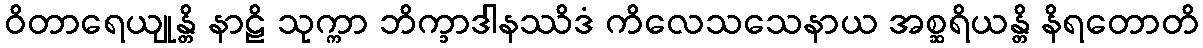
ဝိတာရေယျုန္တိ နာဠိ သုက္ကာ ဘိက္ခာဒါနဿိဒံ ကိလေသသေနာယ အစ္ဆရိယန္တိ နိရတောတိ